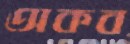
অকব